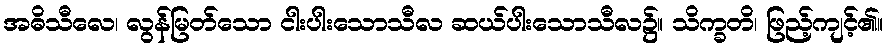
အဓိသီလေ၊ လွန်မြတ်သော ငါးပါးသောသီလ ဆယ်ပါးသောသီလ၌။ သိက္ခတိ၊ ဖြည့်ကျင့်၏။